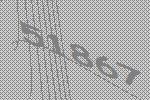
51867